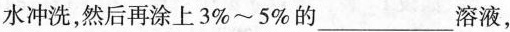
水冲洗，然后再涂上3%~5%的___溶液，